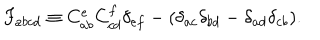
F _ { a b c d } \equiv C _ { a b } ^ { e } C _ { c d } ^ { f } \delta _ { e f } - ( \delta _ { a c } \delta _ { b d } - \delta _ { a d } \delta _ { c b } ) .